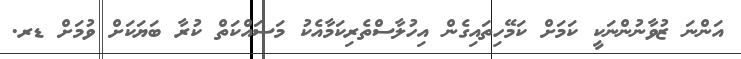
އަންނަ ޒުވާނުންނަކީ ކަމަށް ކަމޭހިތައިގެން އިހުލާސްތެރިކަމާއެކު މަސައްކަތް ކުރާ ބަޔަކަށް ވުމަށް ޑރ.